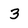
Character: 3